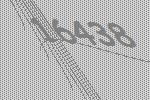
16438